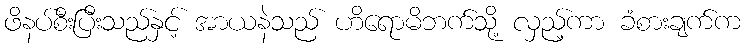
ဖိနပ်စီးပြီးသည်နှင့် အာယနဲသည် ဟိရောမိဘက်သို့ လှည့်ကာ ခံစားချက်က